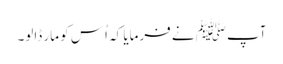
آپﷺ نے فرمایا کہ اُس کو مار ڈالو۔